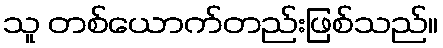
သူ တစ်ယောက်တည်းဖြစ်သည်။